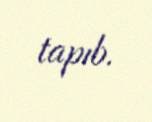
tapıb.